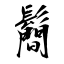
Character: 鬝